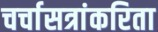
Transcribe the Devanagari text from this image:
चर्चासत्रांकरिता